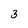
Character: 3